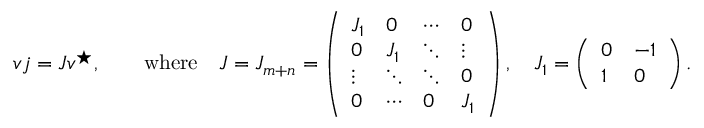
v j = J v ^ { \star } , \qquad \mathrm { w h e r e } \quad J = J _ { m + n } = \left( \begin{array} { l l l l } { J _ { 1 } } & { 0 } & { \cdots } & { 0 } \\ { 0 } & { J _ { 1 } } & { \ddots } & { \vdots } \\ { \vdots } & { \ddots } & { \ddots } & { 0 } \\ { 0 } & { \cdots } & { 0 } & { J _ { 1 } } \end{array} \right) , \quad J _ { 1 } = \left( \begin{array} { l l } { 0 } & { - 1 } \\ { 1 } & { 0 } \end{array} \right) .